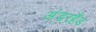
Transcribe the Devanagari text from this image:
अंडरहैंड